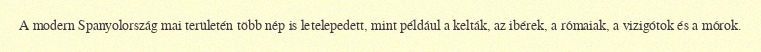
A modern Spanyolország mai területén több nép is letelepedett, mint például a kelták, az ibérek, a rómaiak, a vizigótok és a mórok.